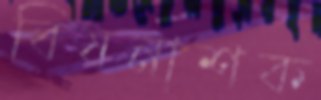
বিষনাশক